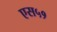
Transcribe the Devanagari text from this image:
एस५१